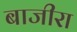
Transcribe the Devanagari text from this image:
बाजीरा